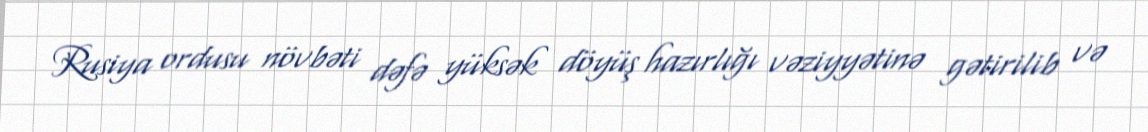
Rusiya ordusu növbəti dəfə yüksək döyüş hazırlığı vəziyyətinə gətirilib və